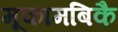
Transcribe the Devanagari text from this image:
मूकामबिकै